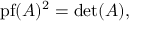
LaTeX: \operatorname { p f } ( A ) ^ { 2 } = \operatorname* { d e t } ( A ) ,